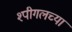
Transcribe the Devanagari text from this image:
श्पीगलच्या